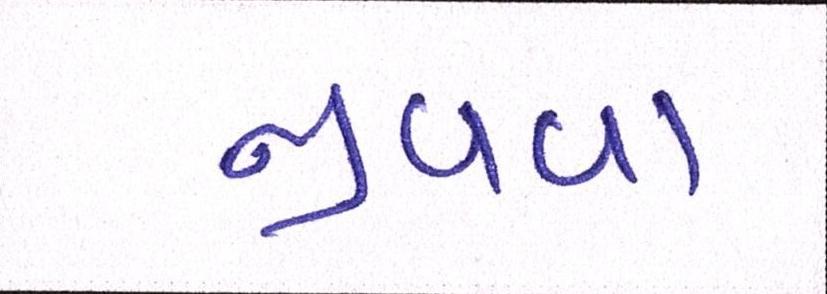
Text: જીવવા